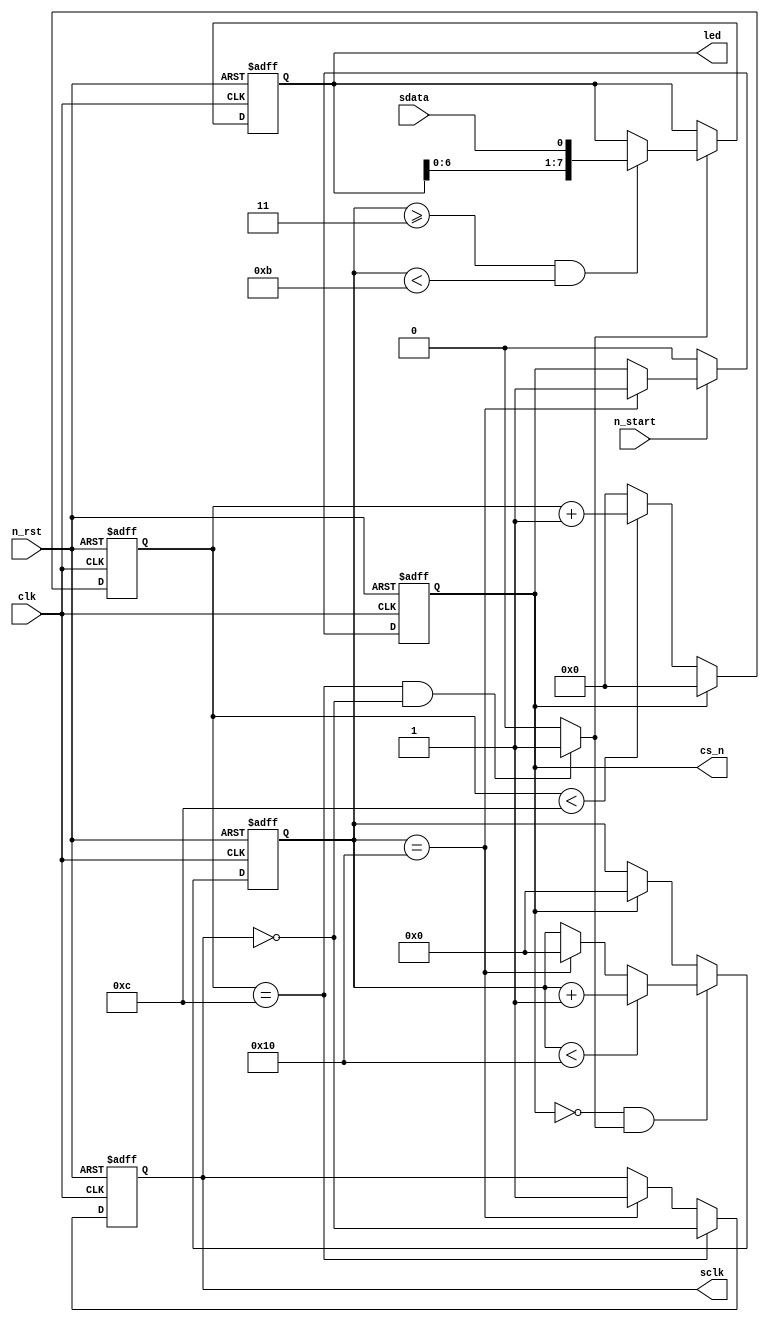
module spi_master_adc(
    clk,
    n_rst,
    n_start,
    sclk,
    cs_n,
    sdata,
    led
);

parameter SCLK_HALF = 4'hC;

input           clk;
input           n_rst;
input           n_start;
input           sdata;

output  reg         sclk; 
output  reg         cs_n;  

output  [7:0]       led;

reg     [3:0]   cnt;  
reg     [4:0]   cnt_sclk; 
reg     [7:0]   temp;  

wire            sclk_rise;  


// cs_n FF
always @(posedge clk or negedge n_rst) begin
    if (!n_rst) begin
        cs_n <= 1'b1;
    end

    else begin
        cs_n <= (n_start == 1'b0)? 1'b0 :  
                    (cnt_sclk == 5'b1_0000)? 1'b1 : cs_n;  
    end                                                    
end


// cnt FF 
always @(posedge clk or negedge n_rst) begin
    if (!n_rst) begin
        cnt <= 4'h0;
    end

    else begin
        if (cs_n == 1'b0) begin
            if (cnt < SCLK_HALF) begin
                cnt <= cnt + 4'h1; 
            end

            else begin
                cnt <= 4'h0;    
            end                
        end

        else if (cs_n == 1'b1) begin
            cnt <= 4'h0;    
        end

        else begin 
            cnt <= cnt;
        end
    end
end


// sclk FF
always @(posedge clk or negedge n_rst) begin
    if (!n_rst) begin
        sclk <= 1'b1;  
    end

    else begin
        if (cnt == SCLK_HALF) begin
            sclk <= ~sclk;  
        end

        else if (cnt_sclk == 5'b1_0000) begin
            sclk <= 1'b1;  
        end

        else begin
            sclk <= sclk;
        end
    end
end


// sclk_rise Combinational Logic
assign sclk_rise = ((cnt == SCLK_HALF) && (sclk == 1'b0))? 1'b1 : 1'b0; 


// cnt_sclk FF
always @(posedge clk or negedge n_rst) begin
    if (!n_rst) begin
        cnt_sclk <= 5'h0;  
    end

    else begin 
        if ((cs_n == 1'b0) && (sclk_rise == 1'b1)) begin
            if (cnt_sclk < 5'b1_0000) begin
                cnt_sclk <= cnt_sclk + 5'h1;
            end

            else if (cnt_sclk == 5'b1_0000) begin
                cnt_sclk <= 5'h0;
            end

            else begin
                cnt_sclk <= cnt_sclk;
            end
        end

        else if (cs_n == 1'b1) begin
            cnt_sclk <= 5'h0;
        end

        else begin 
            cnt_sclk <= cnt_sclk;
        end
    end
end


// temp FF
always @(posedge clk or negedge n_rst) begin
    if (!n_rst) begin
        temp <= 8'h00;
    end

    else begin
        if (sclk_rise == 1'b1) begin
            if ((cnt_sclk >= 5'h3) && (cnt_sclk < 5'hB)) begin
                temp <= {temp[6:0], sdata};
            end

            else begin
                temp <= temp; 
            end
        end

        else begin
            temp <= temp;
        end
    end

end

// LED Combinational Logic
assign led = temp;  

endmodule